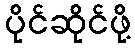
ပိုင်ဆိုင်ဖို့